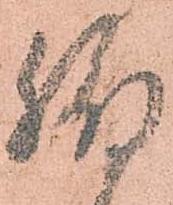
脇